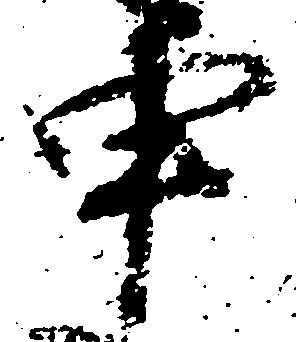
申